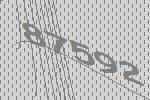
87592